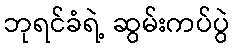
ဘုရင်ခံရဲ့ ဆွမ်းကပ်ပွဲ